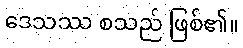
ဒေသဿ စသည် ဖြစ်၏။